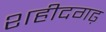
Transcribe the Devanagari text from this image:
शहीदगढ़